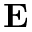
\mathbf { E }